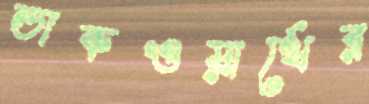
ডাকওয়ার্থের